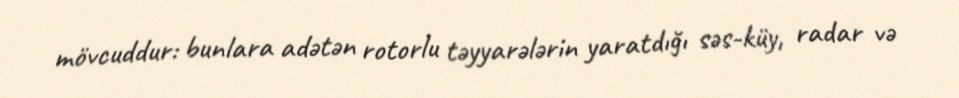
mövcuddur: bunlara adətən rotorlu təyyarələrin yaratdığı səs-küy, radar və